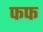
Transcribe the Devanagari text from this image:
फफ